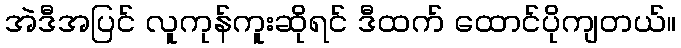
အဲဒီအပြင် လူကုန်ကူးဆိုရင် ဒီထက် ထောင်ပိုကျတယ်။